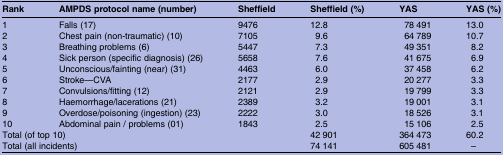
<table><thead><tr><td><b>Rank</b></td><td><b>AMPDS protocol name (number)</b></td><td><b>Sheffield</b></td><td><b>Sheffield (%)</b></td><td><b>YAS</b></td><td><b>YAS (%)</b></td></tr></thead><tbody><tr><td>1</td><td>Falls (17)</td><td>9476</td><td>12.8</td><td>78 491</td><td>13.0</td></tr><tr><td>2</td><td>Chest pain (non-traumatic) (10)</td><td>7105</td><td>9.6</td><td>64 789</td><td>10.7</td></tr><tr><td>3</td><td>Breathing problems (6)</td><td>5447</td><td>7.3</td><td>49 351</td><td>8.2</td></tr><tr><td>4</td><td>Sick person (specific diagnosis) (26)</td><td>5658</td><td>7.6</td><td>41 675</td><td>6.9</td></tr><tr><td>5</td><td>Unconscious/fainting (near) (31)</td><td>4463</td><td>6.0</td><td>37 458</td><td>6.2</td></tr><tr><td>6</td><td>Stroke—CVA</td><td>2177</td><td>2.9</td><td>20 277</td><td>3.3</td></tr><tr><td>7</td><td>Convulsions/fitting (12)</td><td>2121</td><td>2.9</td><td>19 799</td><td>3.3</td></tr><tr><td>8</td><td>Haemorrhage/lacerations (21)</td><td>2389</td><td>3.2</td><td>19 001</td><td>3.1</td></tr><tr><td>9</td><td>Overdose/poisoning (ingestion) (23)</td><td>2222</td><td>3.0</td><td>18 526</td><td>3.1</td></tr><tr><td>10</td><td>Abdominal pain / problems (01)</td><td>1843</td><td>2.5</td><td>15 106</td><td>2.5</td></tr><tr><td colspan="2">Total (of top 10)</td><td></td><td>42 901</td><td>364 473</td><td>60.2</td></tr><tr><td colspan="2">Total (all incidents)</td><td></td><td>74 141</td><td>605 481</td><td>–</td></tr></tbody></table>